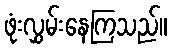
ဖုံးလွှမ်းနေကြသည်။